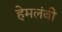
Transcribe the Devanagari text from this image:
हेमलंबी